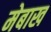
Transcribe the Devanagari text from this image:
मेबाख